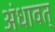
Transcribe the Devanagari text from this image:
अंधावत्